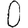
Digit: 0